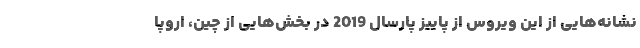
نشانه‌هایی از این ویروس از پاییز پارسال 2019 در بخش‌هایی از چین، اروپا